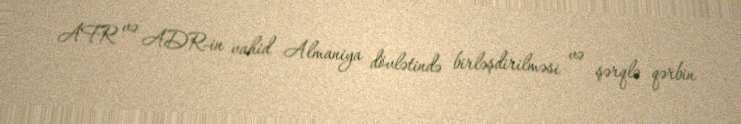
AFR və ADR-in vahid Almaniya dövlətində birləşdirilməsi və şərqlə qərbin